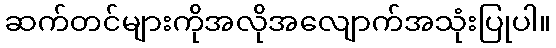
ဆက်တင်များကိုအလိုအလျောက်အသုံးပြုပါ။